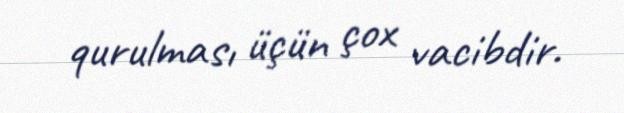
qurulması üçün çox vacibdir.